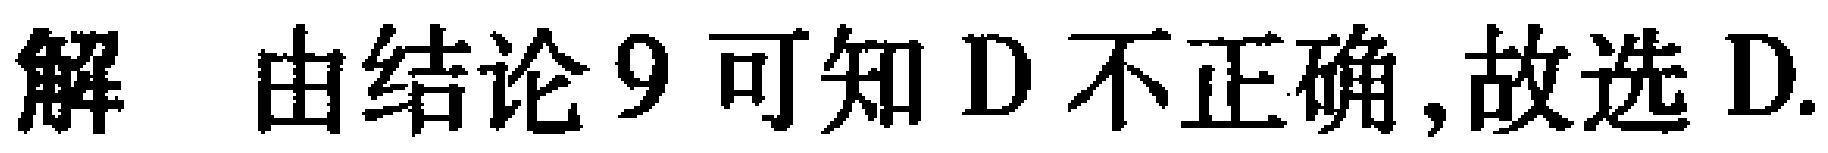
解 由结论9可知D不正确,故选D.